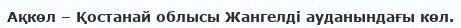
Ақкөл – Қостанай облысы Жангелді ауданындағы көл.